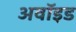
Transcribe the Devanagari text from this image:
अवॉइड